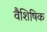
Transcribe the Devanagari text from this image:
वैशिषिक